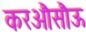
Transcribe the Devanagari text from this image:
करऔसौऊ